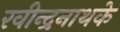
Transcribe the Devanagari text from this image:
रवीन्द्रनाथके